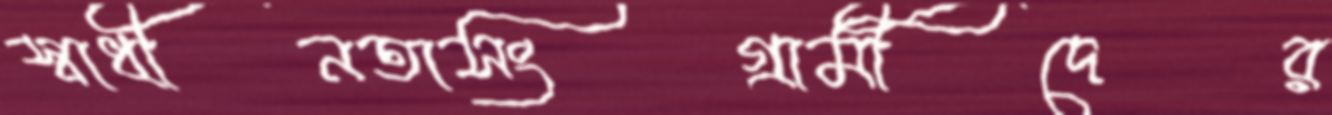
স্বাধীনতাসংগ্রামীদের